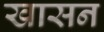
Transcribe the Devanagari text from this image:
खासन